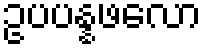
ဥပပန္နဖလော